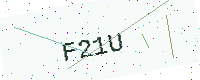
Text: F21U